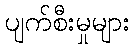
ပျက်စီးမှုများ